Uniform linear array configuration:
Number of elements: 48
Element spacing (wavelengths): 1
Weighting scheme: kaiser
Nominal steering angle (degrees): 60
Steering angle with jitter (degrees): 61.774
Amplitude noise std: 0.05
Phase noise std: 0.05

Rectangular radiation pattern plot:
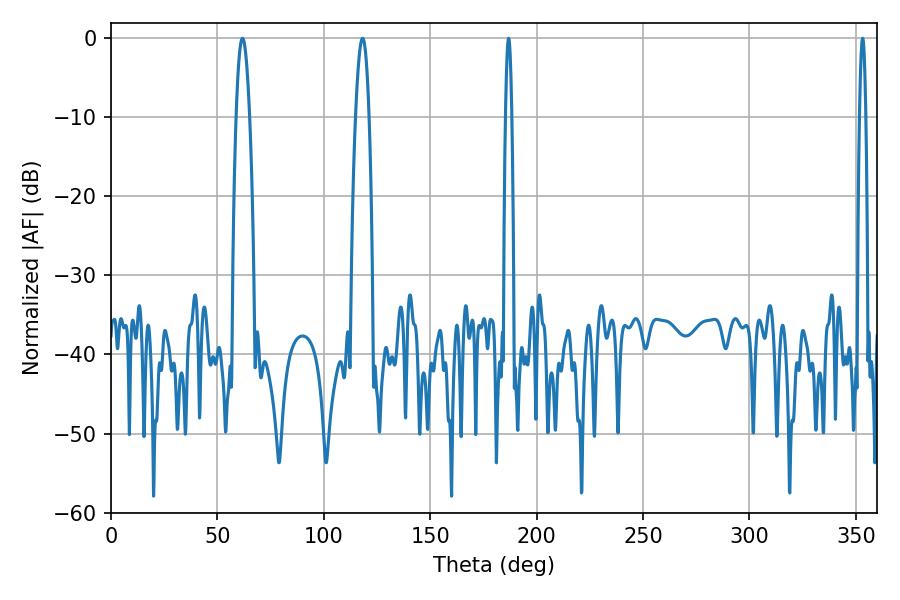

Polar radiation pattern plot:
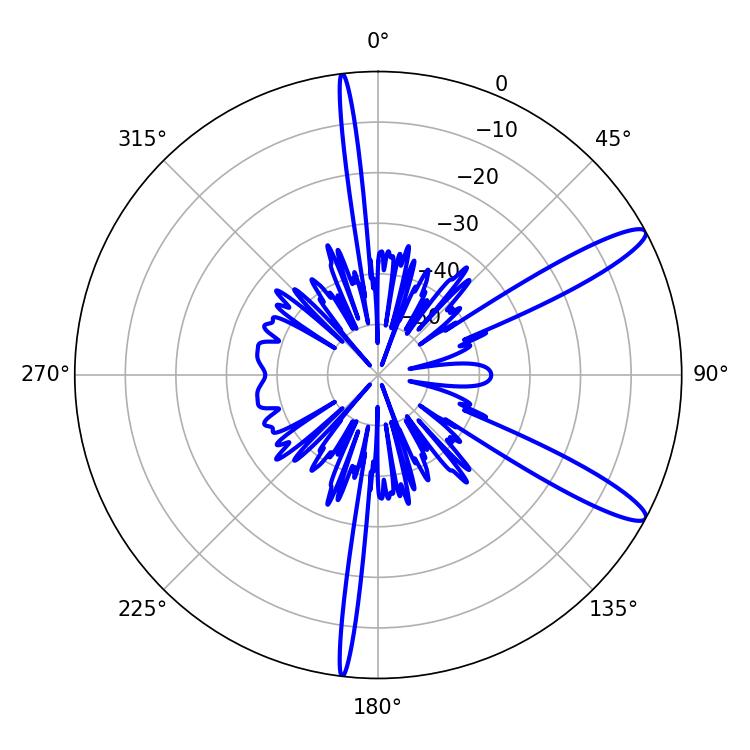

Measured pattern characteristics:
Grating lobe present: TRUE
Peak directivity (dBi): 12.63
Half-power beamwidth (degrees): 1.44
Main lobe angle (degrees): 186.84